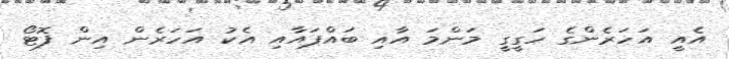
އެއީ އަހަރެންގެ ހަގީގީ މަންމަ އާއި ބައްޕައާއި އެކު އަހަރެން އިން ފޮޓޯ